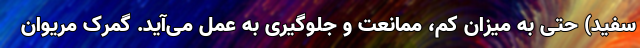
سفید) حتی به میزان کم، ممانعت و جلوگیری به عمل می‌آید. گمرک مریوان